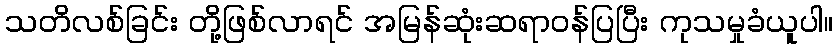
သတိလစ်ခြင်း တို့ဖြစ်လာရင် အမြန်ဆုံးဆရာဝန်ပြပြီး ကုသမှုခံယူပါ။